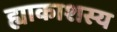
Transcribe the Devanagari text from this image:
ह्याकाशस्य